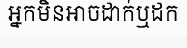
អ្នកមិនអាចដាក់ឬដក